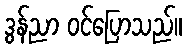
ဒွန်ညာ ဝင်ပြောသည်။